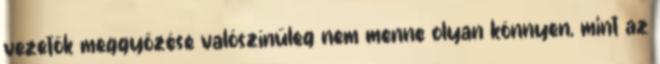
vezetők meggyőzése valószínűleg nem menne olyan könnyen, mint az